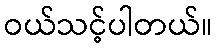
ဝယ်သင့်ပါတယ်။